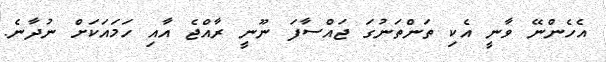
އެހެންނޭ ވާނީ އެކި ތަންތަނުގަ ޖައްސާފަ ނޫނީ ރާއްޖެ އާއި ހަމައަކަށް ނުދާނެ.